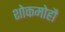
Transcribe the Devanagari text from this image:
शोकमोहौ